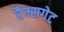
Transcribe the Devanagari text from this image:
रैम्सगेट